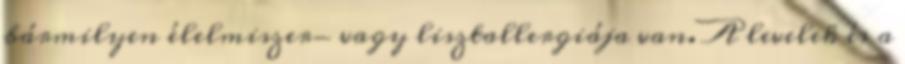
bármilyen élelmiszer- vagy lisztallergiája van. A levelek és a